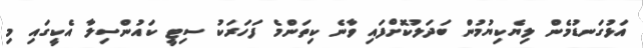
އަޅުގަނޑުމެން ލިޔެކިޔުމުން ބަދަލުކޮށްފައި ވާނެ ކިތަންމެ ފަހަރަކު ސިޓީ ކައުންސިލާ އެކީގައި މި